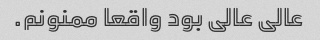
عالی عالی بود واقعا ممنونم.